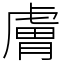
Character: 膚